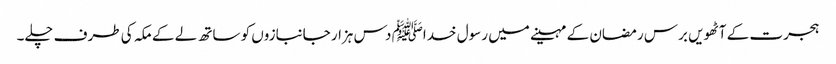
ہجرت کے آٹھویں برس رمضان کے مہینے میں رسول خداﷺ دس ہزار جانبازوں کو ساتھ لے کے مکہ کی طرف چلے۔